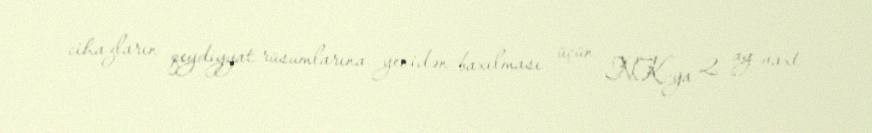
cihazların qeydiyyat rüsumlarına yenidən baxılması üçün NK-ya 2 ay vaxt